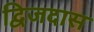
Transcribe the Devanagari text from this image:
द्विजदास